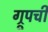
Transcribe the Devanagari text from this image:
ग्रूपची